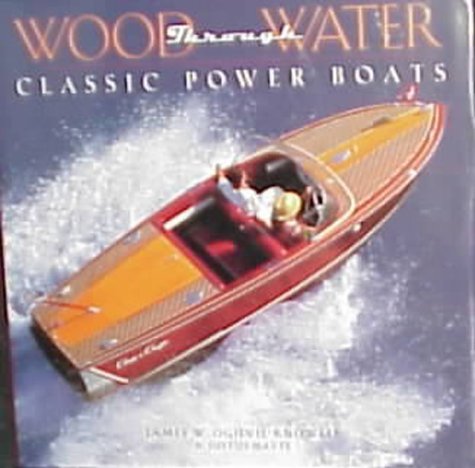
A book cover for Wood Through Water: Classic Power Boats; James W. Ogilvie-Knowles; Arts & Photography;